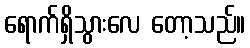
ရောက်ရှိသွားလေ တော့သည်။